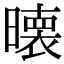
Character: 𭧵